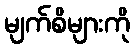
မျက်စိများကို